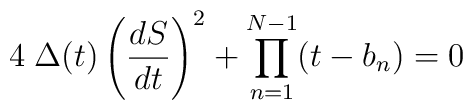
4\; \Delta(t) \left({dS\over dt}\right)^2+\prod_{n=1}^{N-1}(t-b_n)=0